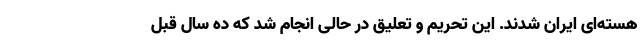
هسته‌ای ایران شدند. این تحریم و تعلیق در حالی انجام شد که ده سال قبل